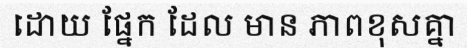
ដោយ ផ្នែក ដែល មាន ភាពខុសគ្នា